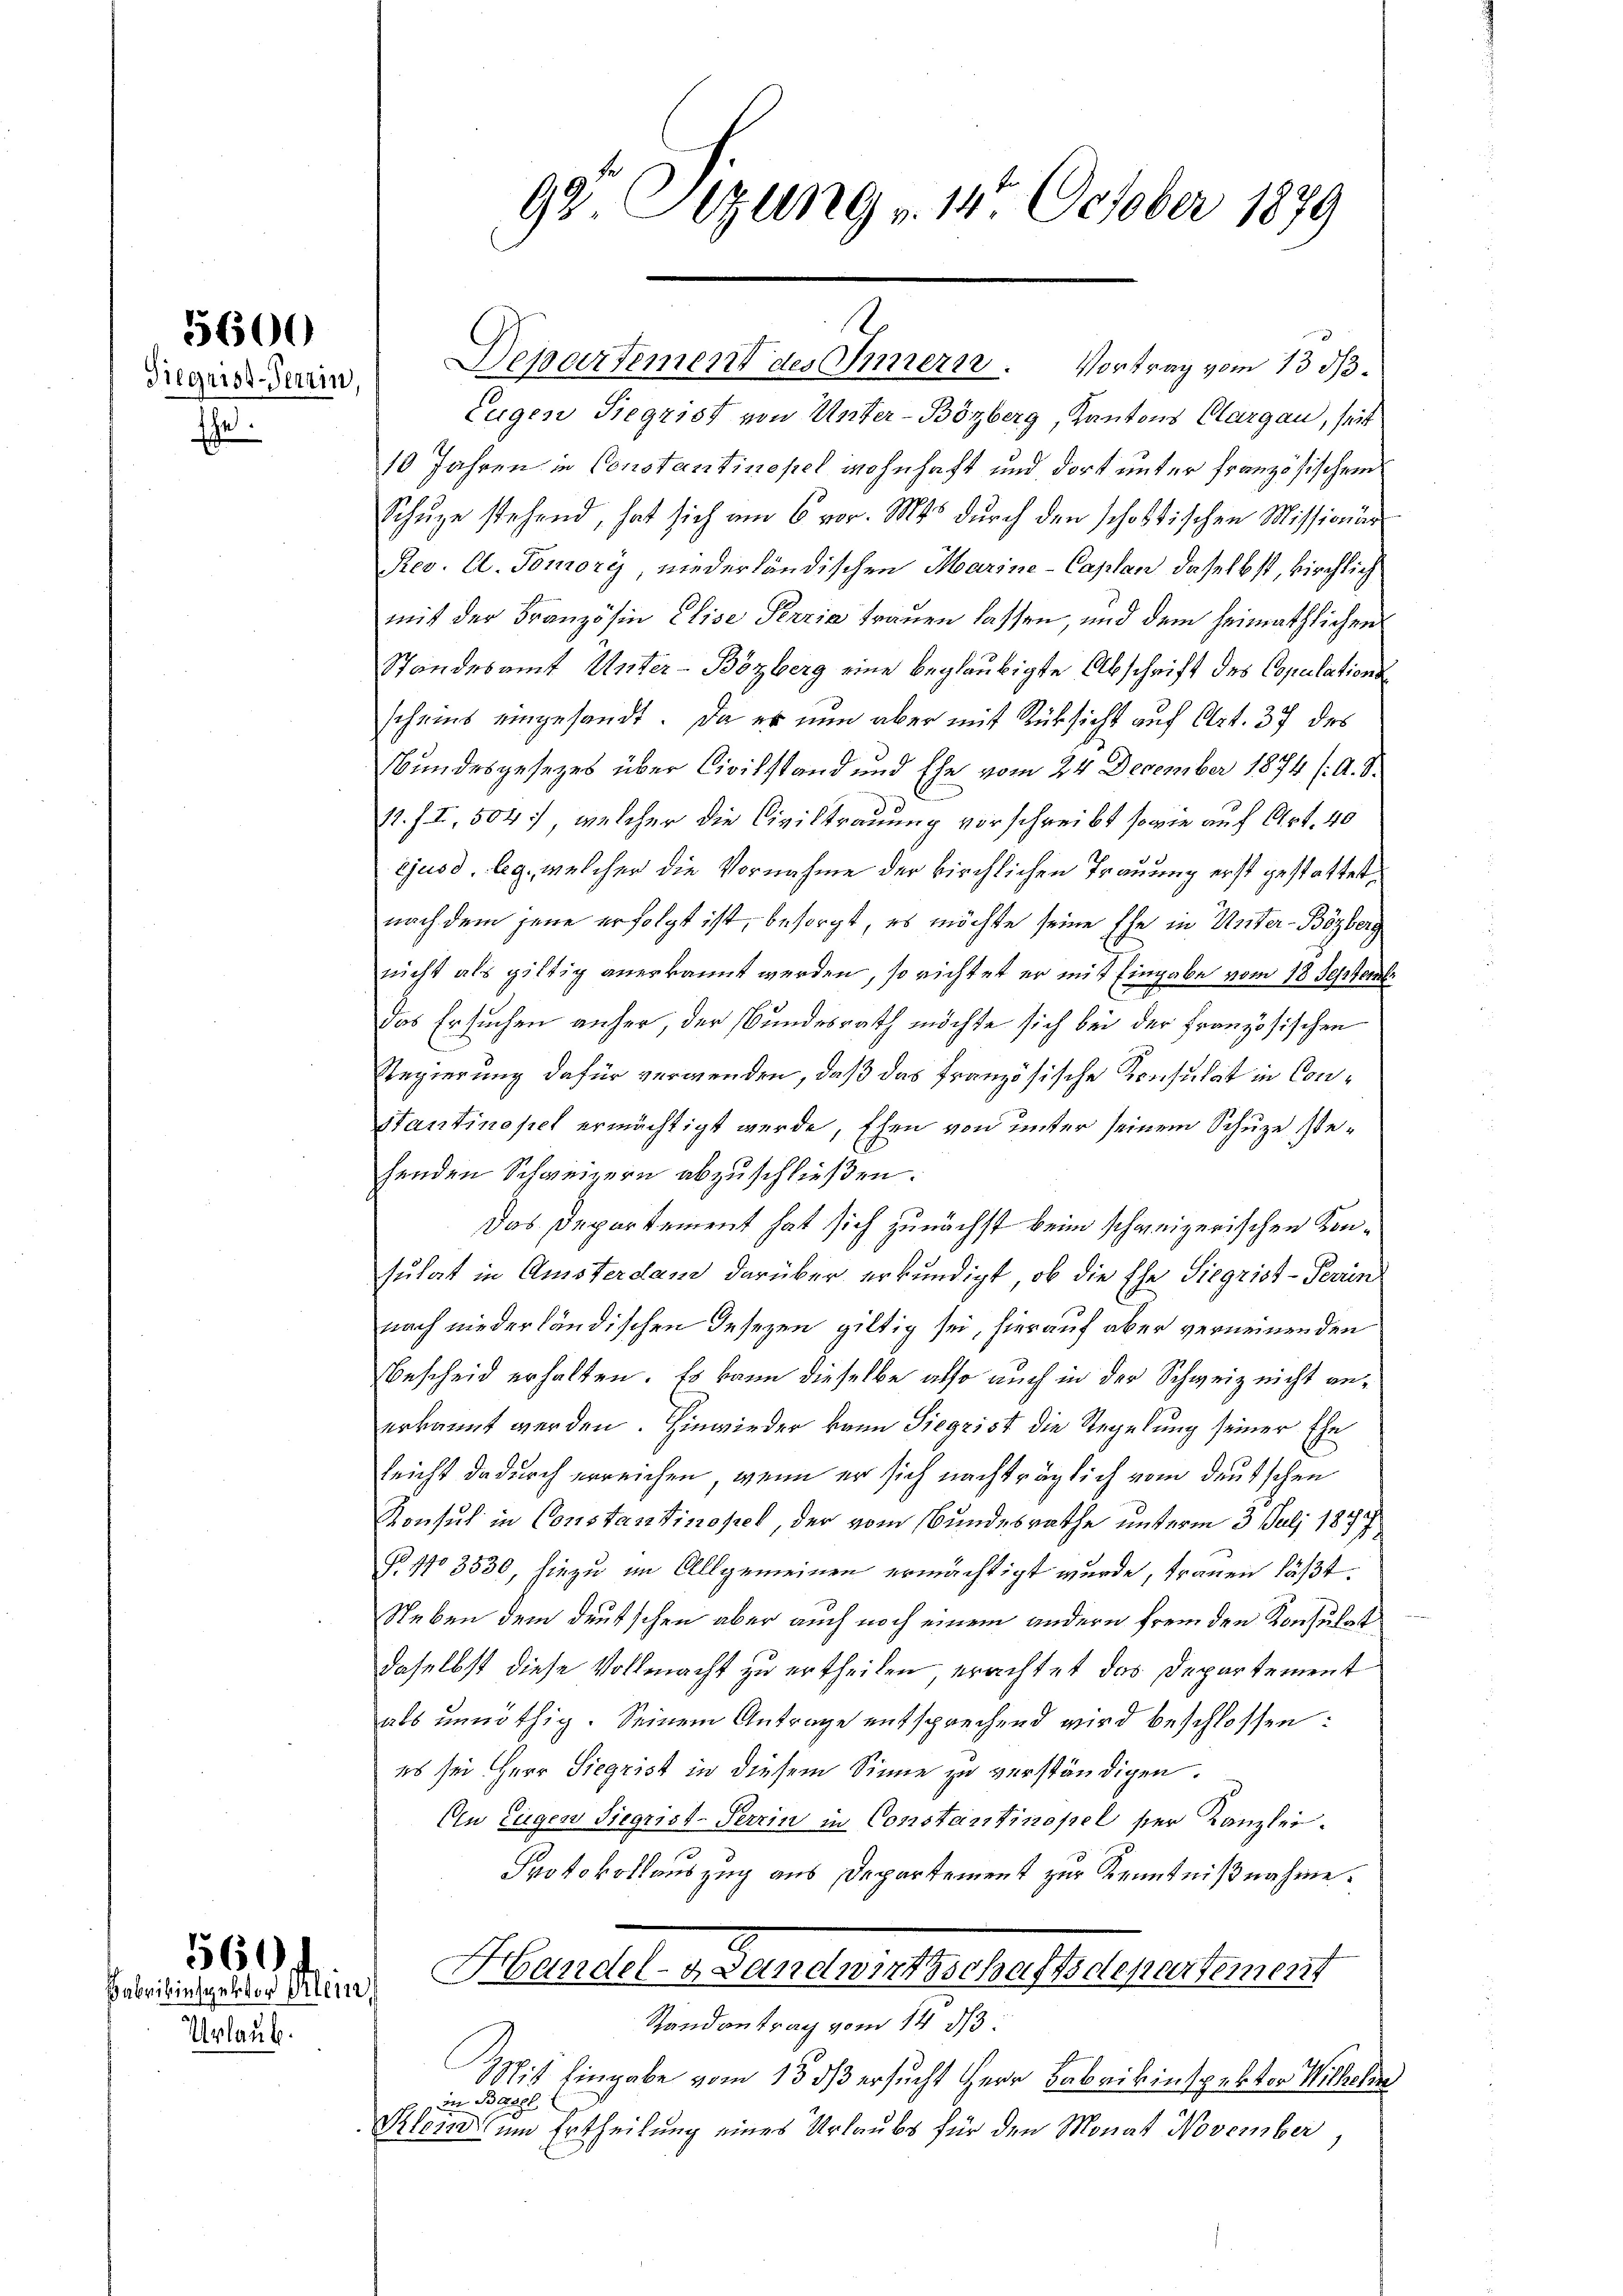
5600
Siegniss-Verein,

Ehe.

Urlaub.

561 f
Fabrikinspektor Klein,

9 Sizung - 14. October 1879

Eugen Siegrist von Unter-Bözberg, Kantons Aargau, seit
10 Jahren in Constantinopel wohnhaft und dort unter französischen
Schuze stehend, hat sich am 6. vor. Mts durch den schostischen Missionär
Rev. A. Tomory, niederländischen Marine-Caplan daselbst, kirchlich
mit der Französin Elise Perzia trauen lassen, und dem heimathlichen
Standesamt Unter-Bözberg eine beglaubigte Abschrift des Copulationsscheins eingesandt. Da er nun aber mit Rücksicht auf Art. 37 des
Bundesgesezes über Civilstand und Ehe vom 24 December 1874 (: A. S.
11. J. I, 504, welcher die Civiltrauung vorschreibt sowie auf Art. 40
ejusd. leg, welcher die Vornahme der kirchlichen Trauung erst gestattet,
nach dem jene erfolgt ist, besorgt, es möchte seine Ehe in Unter-Bözberg
nicht als giltig anerkannt werden, so richtet er mit Eingabe vom 18 Septemb
das Ersuchen anher, der Bundesrath möchte sich bei der französischen
Regierung dafür verwenden, daß das französische Konsulat in Con¬
Stantinopel ermächtigt werde, Ehen von unter seinem Schuze stehenden Schweizern abzuschließen.
Das Departement hat sich zunächst beim schweizerischen Konsulat in Amsterdam darüber erkundigt, ob die Ehe Siegrist-Perin
nach niederländischen Gesezen giltig sei, hierauf aber verneinenden
Bescheid erhalten. Es kann dieselbe also auch in der Schweiz nicht anerkannt werden. Hinwieder kann Siegrist die Regelung seiner Ehe
leicht dadurch erreichen, wenn er sich nachträglich vom deutschen
Konsul in Constantinopel, der vom Bundesrathe unterm 3. Juli 1877,
 No 3530, hiezu im Allgemeinen ermächtigt wurde, trauen läßt.
Neben dem deutschen aber auch noch einem andern fremden Konsulat
daselbst diese Vollmacht zu ertheilen, erachtet das Departement
als unnöthig. Seinem Antrage entsprechend wird beschlossen:
es sei Herr Siegrist in diesem Sinne zu verständigen.
An Eugen Siegrist-Terrin in Constantinopel ser Kanzlei.
Protokollauszug aus Departement zur Kenntnißnahme.
Handel-Landwirtschaftsdepartement
Randantrag vom 14 d
1
Mit Eingabe vom 15. dß ersucht Herr Fabrikinspektor Wilhelm
in Basel
Plem um Ertheilung eines Urlaubs für den Monat November,

.
Departement des Innerer. Vortrag vom 13. ds.